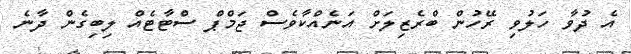
އެ ދުވާ ހަލުވި ރޭހުން ބްރެޒިލަށް އަނެއްކާވެސް ޖަމްޕް ސްޓާޓެއް ލިބިގެން ދާނެ